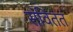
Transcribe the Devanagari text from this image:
संविततं